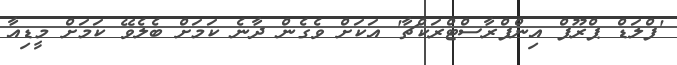
'ފްލަޑް ޕްރޫފް އިންފްރާސްޓްރަކްޗާ' އަކަށް ވެގެން ދާނެ ކަމަށް ބެލެވޭ ކަމަށް މީޑިއާ